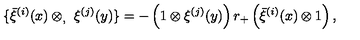
\{ \bar { \xi } ^ { ( i ) } ( x ) \otimes _ { , } \ \xi ^ { ( j ) } ( y ) \} = - \left( 1 \otimes \xi ^ { ( j ) } ( y ) \right) r _ { + } \left( \bar { \xi } ^ { ( i ) } ( x ) \otimes 1 \right) ,